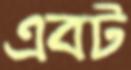
এবট